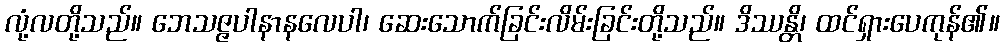
လုံ့လတို့သည်။ ဘေသဇ္ဇပါနာနလေပါ၊ ဆေးသောက်ခြင်းလိမ်းခြင်းတို့သည်။ ဒိဿန္တိ၊ ထင်ရှားပေကုန်၏။